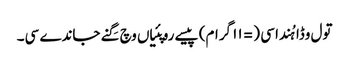
تول وڈا ہُندا سی (= ١١ گرام) پیسے روپئیاں وچ گِنے جاندے سی۔